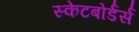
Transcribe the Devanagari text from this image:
स्केटबोर्डर्स